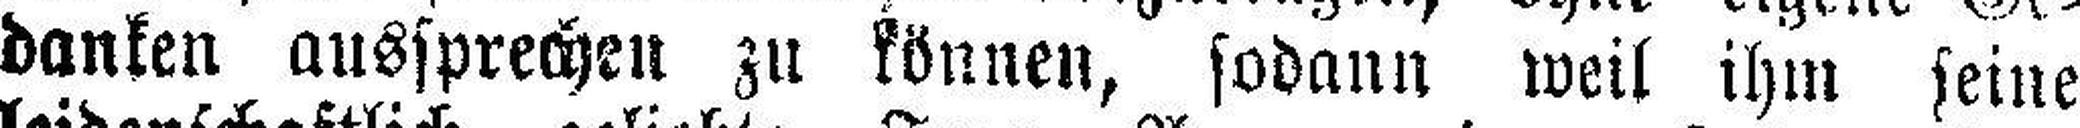
danken aussprechen zu können, sodann weil ihm seine